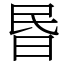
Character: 昬